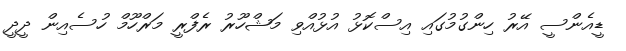
ޑީއެންސީ އޭރު ހިންގުމުގައި އިސްކޮޅު އުޅުއްވި މަޝްހޫރު ރެފްރީ މަރްހޫމް ހުސެއިން ދީދީ